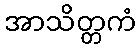
အာသိတ္တကံ